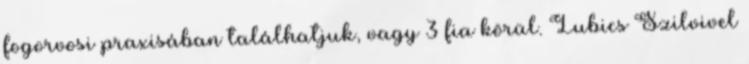
fogorvosi praxisában találhatjuk, vagy 3 fia körül. Lubics Szilvivel